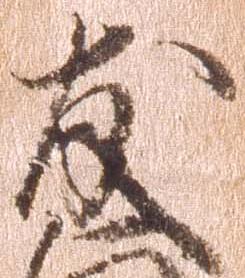
友